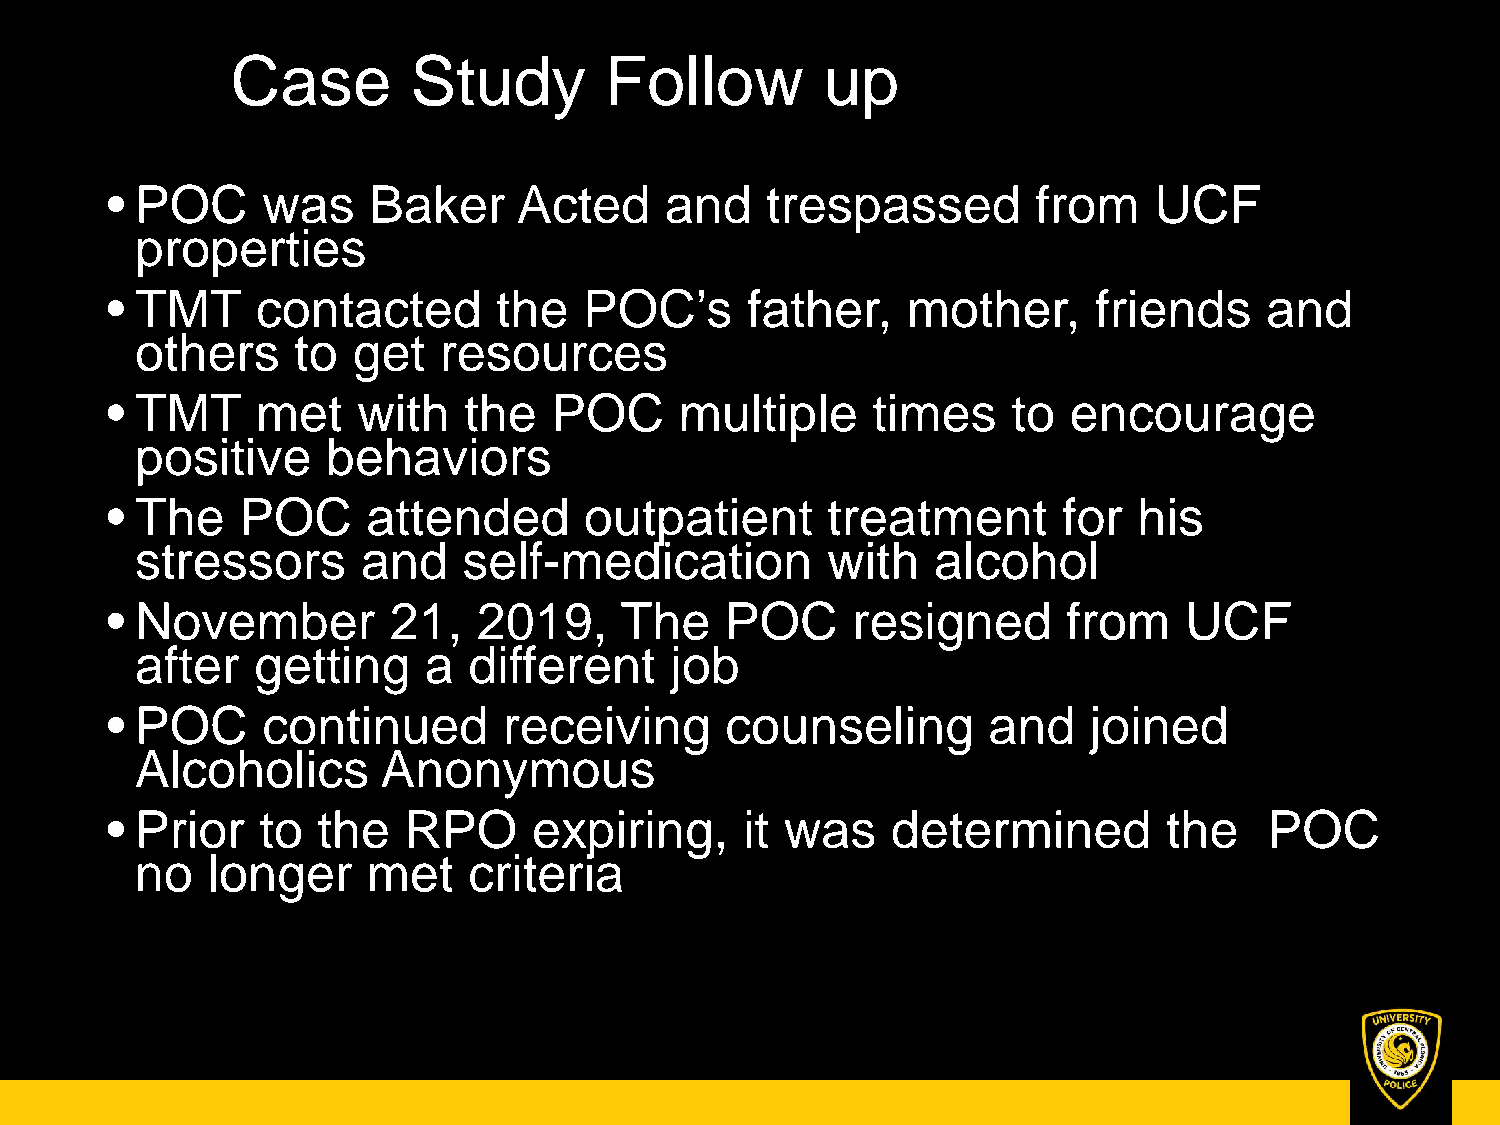
Case        Study        Follow        up
 • POC     was    Baker     Acted     and    trespassed        from   UCF
 properties
 • TMT     contacted       the   POC’s     father,    mother,      friends    and
 others    to  get   resources
 • TMT     met    with   the  POC      multiple     times    to  encourage
 positive     behaviors
 • The    POC     attended       outpatient      treatment      for  his
 stressors      and    self-medication         with   alcohol
 • November         21,   2019,    The    POC     resigned       from   UCF
 after   getting    a  different    job
 • POC     continued       receiving      counseling       and    joined
 Alcoholics      Anonymous
 • Prior   to  the   RPO     expiring,     it was    determined        the    POC
 no   longer    met    criteria